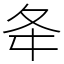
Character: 夅